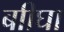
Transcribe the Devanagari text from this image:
बाीघा